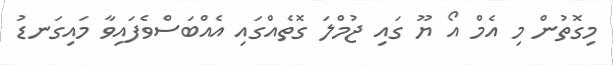
މިގޮތުން މި އެމް އޯ ޔޫ ގައި ޖުމްލަ ގޮތެއްގައި އެއްބަސްވެފައިވާ މައިގަނޑު